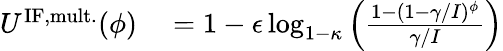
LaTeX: \begin{array}{rl}{U^{\mathrm{IF,mult.}}(\phi)}&{{}=1-\epsilon\log_{1-\kappa}\left(\frac{1-(1-\gamma/I)^{\phi}}{\gamma/I}\right)}\end{array}